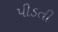
પીડતી